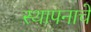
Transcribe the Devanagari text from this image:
स्थापनाचे